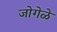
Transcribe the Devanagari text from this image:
जोगेळे